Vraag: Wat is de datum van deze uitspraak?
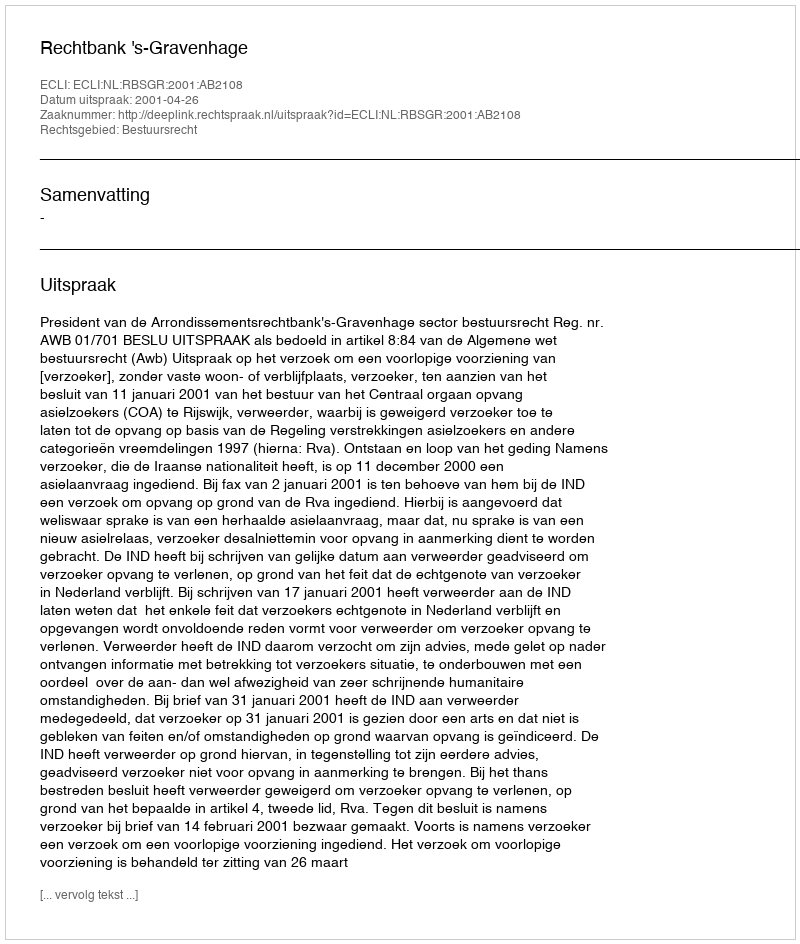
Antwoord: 2001-04-26